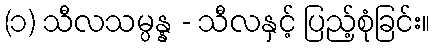
(၁) သီလသမ္ပန္န - သီလနှင့် ပြည့်စုံခြင်း။